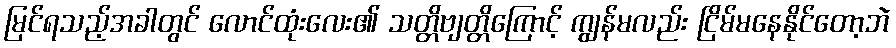
မြင်ရသည့်အခါတွင် လောင်ထုံးလေး၏ သတ္တိဗျတ္တိကြောင့် ကျွန်မလည်း ငြိမ်မနေနိုင်တော့ဘဲ